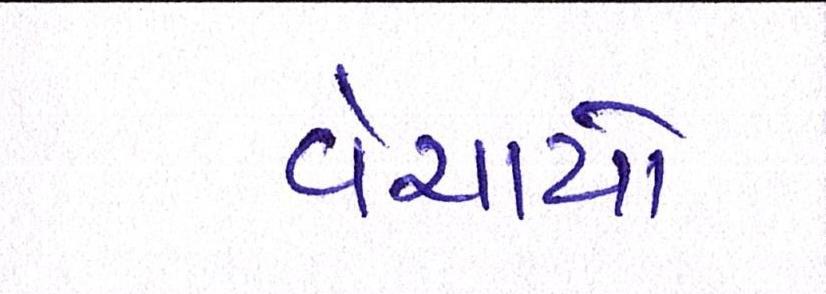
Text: વેચાયો